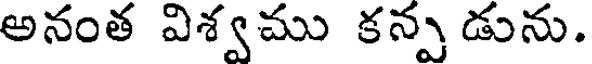
అనంత విశ్వము కన్ప డును.